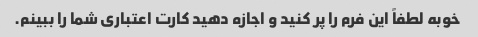
خوبه لطفاً این فرم را پر کنید و اجازه دهید کارت اعتباری شما را ببینم.